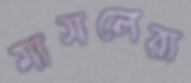
মাসলেরা